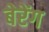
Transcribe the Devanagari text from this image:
बेरेंग